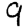
Digit: 9